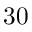
3 0